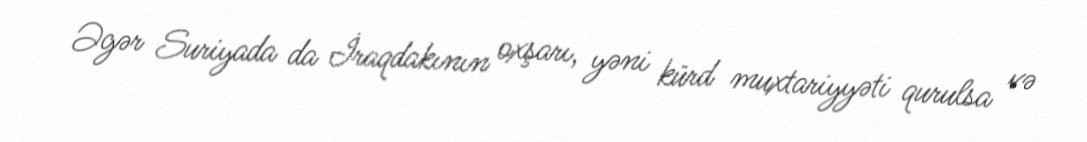
Əgər Suriyada da İraqdakının oxşarı, yəni kürd muxtariyyəti qurulsa və